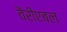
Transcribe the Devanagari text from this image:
वैरीएबल